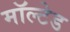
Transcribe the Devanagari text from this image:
मॉल्टेड